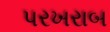
પરખરાબ